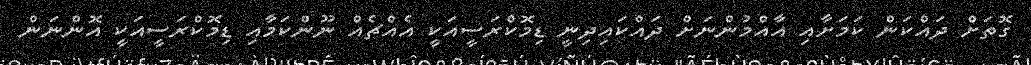
ގޮތަށް ދައްކަން ކަމަށާއި އާއްމުންނަށް ދައްކައިދިނީ ޑިމޮކްރަސީއަކީ އެއްޗެއް ނޫންކަމާއި ޑިމޮކްރަސީއަކީ އޮންނަން